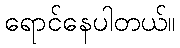
ရောင်နေပါတယ်။